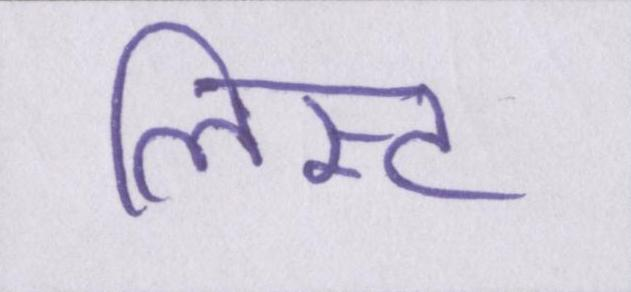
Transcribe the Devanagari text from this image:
लिस्ट